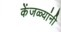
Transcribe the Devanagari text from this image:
केंजळ्यांनी